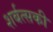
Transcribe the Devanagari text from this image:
शर्बत्सकी